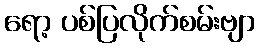
ရော့ ပစ်ပြလိုက်စမ်းဗျာ